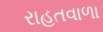
રાહતવાળા